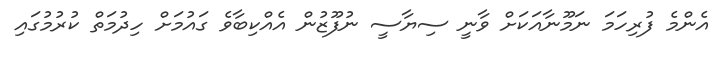
އެންމެ ފުރިހަމަ ނަމޫނާއަކަށް ވާނީ ސިޔާސީ ނުފޫޒުން އެއްކިބާވެ ގައުމަށް ހިދުމަތް ކުރުމުގައި